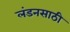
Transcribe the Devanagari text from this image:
लंडनसाठी